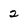
Character: 2